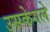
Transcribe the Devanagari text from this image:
उसकेगले